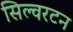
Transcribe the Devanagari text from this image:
सिल्वरटन